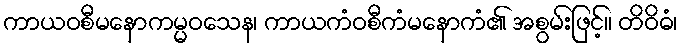
ကာယဝစီမနောကမ္မဝသေန၊ ကာယကံဝစီကံမနောကံ၏ အစွမ်းဖြင့်။ တိဝိဓံ၊